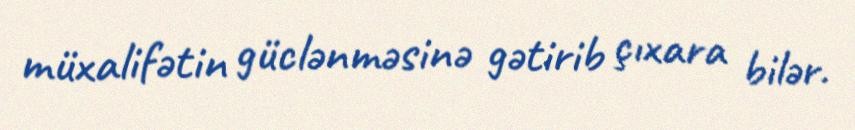
müxalifətin güclənməsinə gətirib çıxara bilər.